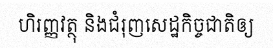
ហិរញ្ញវត្ថុ និងជំរុញសេដ្ឋកិច្ចជាតិឲ្យ